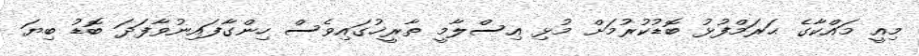
މިއީ މައްކާގެ ޙަރަމްފުޅު ބޮޑުކުރުމަށް މުޅި އިސްލާމީ ތާރީޚުގައިވެސް ހިންގާފައިނުވާފަދަ ބޮޑު ބިޔަ